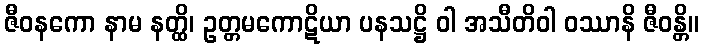
ဇီဝနကော နာမ နတ္ထိ၊ ဥတ္တမကောဋိယာ ပနသဋ္ဌိ ဝါ အသီတိဝါ ဝဿာနိ ဇီဝန္တိ။